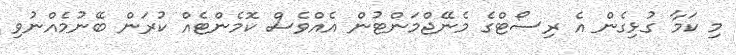
މި ކަމާ ގުޅިގެން އެ ރިސޯޓްގެ މެނޭޖްމަންޓުން އެއްވެސް ކޮމެންޓެއް ކުރަން ބޭނުމެއްނުވި